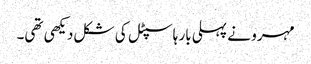
مہرو نے پہلی بار ہاسپٹل کی شکل دیکھی تھی۔